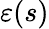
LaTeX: \varepsilon(s)